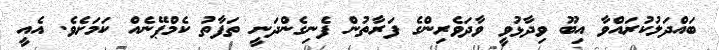
ބައްދަލުކުރައްވާ އިބޫ ވިދާޅުވީ ވާދަވެރިންގެ ފަރާތުން ފެނިގެންދަނީ ތަފާތު ކެމްޕޭނެއް ކަމަށެވެ. އެއީ